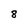
Character: 8